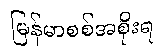
မြန်မာစစ်အစိုးရ